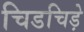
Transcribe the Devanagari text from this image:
चिडचिड़े